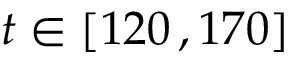
t \in [ 1 2 0 \, , 1 7 0 ]